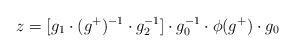
LaTeX: \begin{align*} z=[g_1\cdot (g^+)^{-1} \cdot g_2^{-1} ]\cdot g_0^{-1}\cdot \phi(g^+) \cdot g_0 \end{align*}